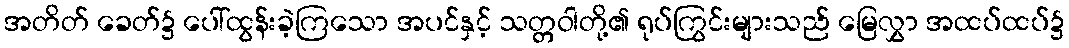
အတိတ် ခေတ်၌ ပေါ်ထွန်းခဲ့ကြသော အပင်နှင့် သတ္တဝါတို့၏ ရုပ်ကြွင်းများသည် မြေလွှာ အထပ်ထပ်၌